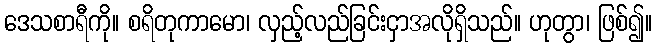
ဒေသစာရီကို။ စရိတုကာမော၊ လှည့်လည်ခြင်းငှာအလိုရှိသည်။ ဟုတွာ၊ ဖြစ်၍။